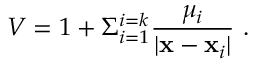
V = 1 + \Sigma _ { i = 1 } ^ { i = k } { \frac { \mu _ { i } } { | { \bf x } - { \bf x } _ { i } | } } \ .